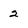
Character: 2